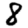
Digit: 8